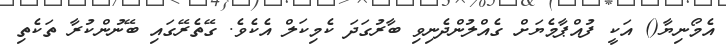
އެމޯނިޔާ() އަކީ ފުއްޕާމެޔަށް ގެއްލުންދެނިވި ބާރުގަދަ ކެމިކަލް އެކެވެ. ގޭތެރޭގައި ބޭނުންކުރާ ތަކެތި